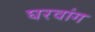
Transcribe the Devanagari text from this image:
घरवांग